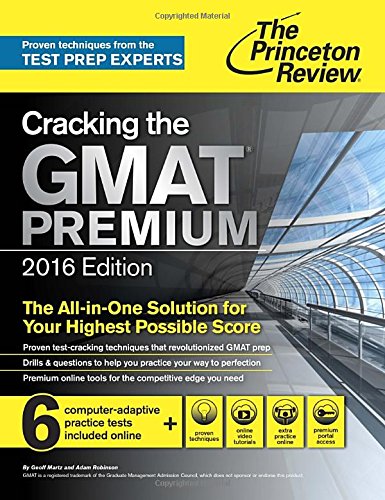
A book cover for Cracking the GMAT Premium Edition with 6 Computer-Adaptive Practice Tests, 2016 (Graduate School Test Preparation); Princeton Review; Test Preparation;